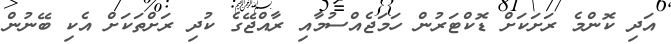
އަދި ކޮންމެ ރަށަކަށް ޑޮކްޓަރުން ހަމަޖެއްސުމާއި ރާއްޖޭގެ ކުދި ރަށްތަކަށް އެކި ބޭނުން